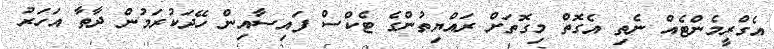
އެގްރީމެންޓެއް ނެތި އެގޮތް މިގޮތަށް ރައްޔިތުންގެ ޓެކްސް ފައިސާއިން ހޭދަކުރަމުން ދާތާ އަހަރު